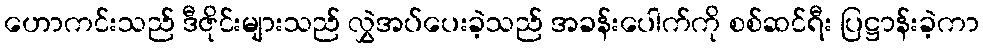
ဟောကင်းသည် ဒီဇိုင်းများသည် လွှဲအပ်ပေးခဲ့သည် အခန်းပေါက်ကို စစ်ဆင်ရီး ပြဋ္ဌာန်းခဲ့ကာ